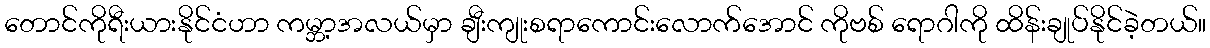
တောင်ကိုရီးယားနိုင်ငံဟာ ကမ္ဘာ့အလယ်မှာ ချီးကျုးစရာကောင်းလောက်အောင် ကိုဗစ် ရောဂါကို ထိန်းချုပ်နိုင်ခဲ့တယ်။